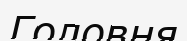
Головня